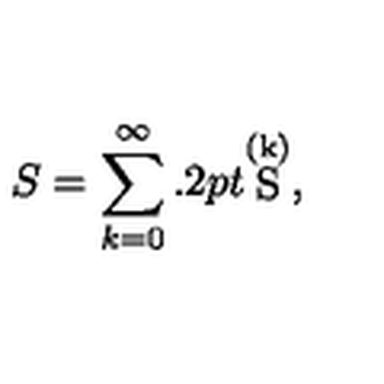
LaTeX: S = \sum _ { k = 0 } ^ { \infty } { \raise 1 . 2 p t \mathrm { \stackrel { ( k ) } { S } } } ,